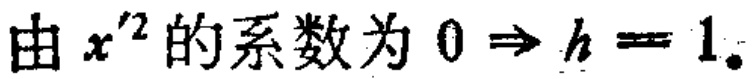
由 \(x^{\prime 2}\) 的系数为 \(0 \Rightarrow h = 1\)。